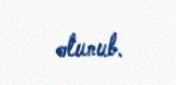
olunub.